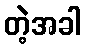
တဲ့အခါ